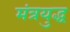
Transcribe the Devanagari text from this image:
मंत्रयुद्ध